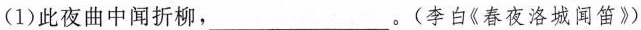
(1)此夜曲中闻折柳，___。(李白《春夜洛城闻笛》)